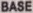
BASE